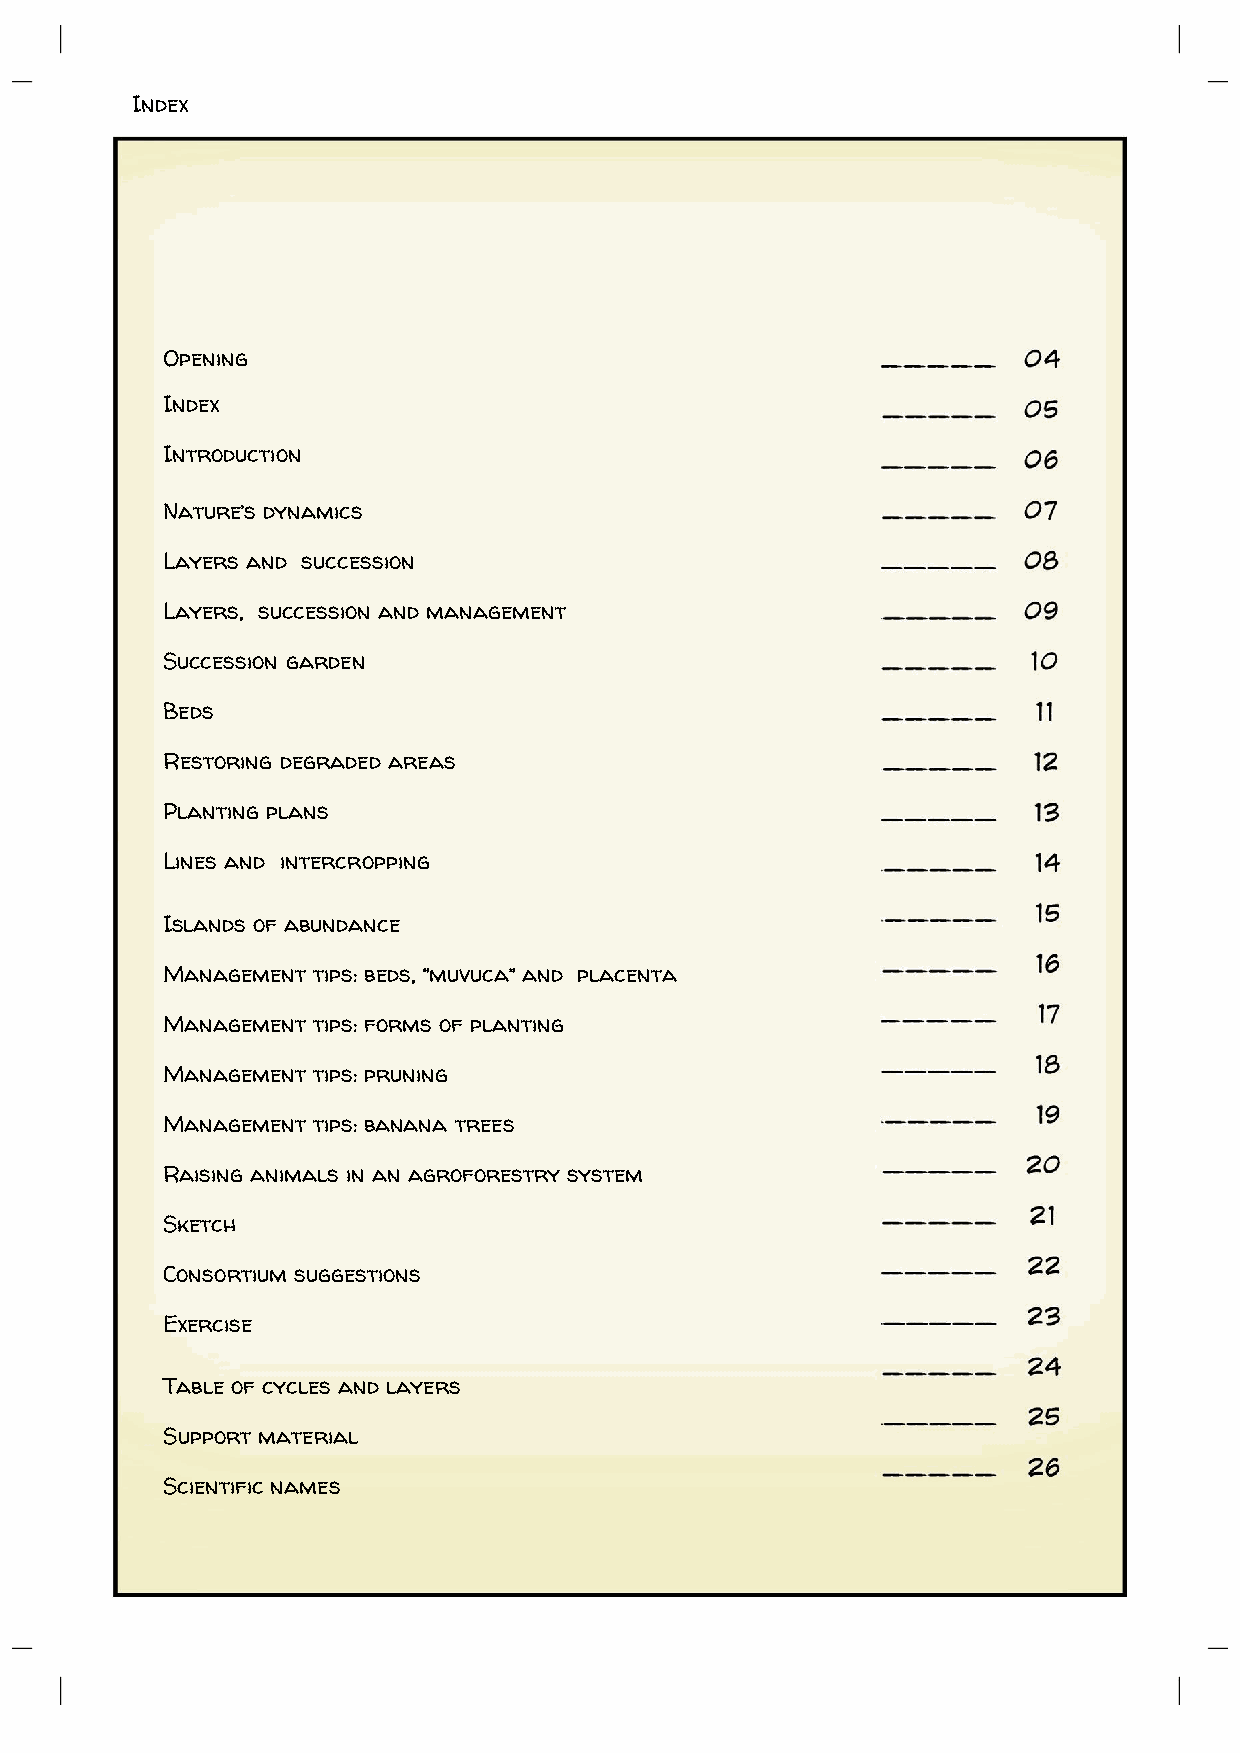
Index
 Opening
 Index
 Introduction
 Nature’s dynamics
 Layers and succession
 Layers, succession and management
 Succession garden
 Beds
 Restoring degraded areas
 Planting plans
 Lines and intercropping
 Islands of abundance
 Management tips: beds, “muvuca” and placenta
 Management tips: forms of planting
 Management tips: pruning
 Management tips: banana trees
 Raising animals in an agroforestry system
 Sketch
 Consortium suggestions
 Exercise
 Table of cycles and layers
 Support material
 Scientific names